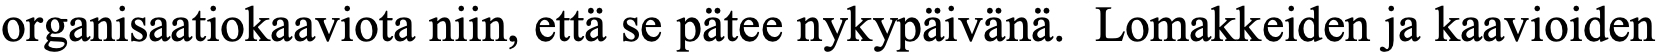
organisaatiokaaviota niin, että se pätee nykypäivänä. Lomakkeiden ja kaavioiden